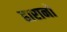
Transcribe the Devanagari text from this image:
हारानो